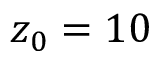
z _ { 0 } = 1 0